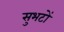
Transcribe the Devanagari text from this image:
सुभटों